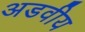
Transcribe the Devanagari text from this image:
अडवीय